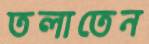
তলাতেন